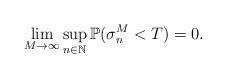
LaTeX: \begin{align*}\lim_{M\rightarrow\infty}\sup_{n\in \mathbb{N}} \mathbb{P}(\sigma_{n}^M <T) =0 .\end{align*}